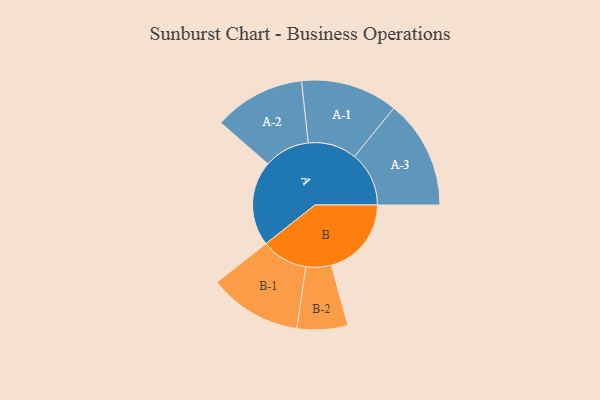
{"axis": {"x": "Segment", "y": "Value"}, "legend": ["", "A", "B"], "data": [{"x": "A", "y": 446, "type": ""}, {"x": "B", "y": 420, "type": ""}, {"x": "A-1", "y": 255, "type": "A"}, {"x": "A-2", "y": 240, "type": "A"}, {"x": "A-3", "y": 286, "type": "A"}, {"x": "B-1", "y": 244, "type": "B"}, {"x": "B-2", "y": 133, "type": "B"}]}